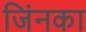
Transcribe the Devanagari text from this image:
जिंनका